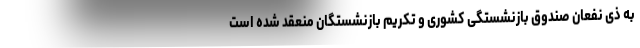
به ذی نفعان صندوق بازنشستگی کشوری و تکریم بازنشستگان منعقد شده است